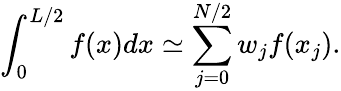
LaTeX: \int_{0}^{L/2}f(x)dx\simeq\sum_{j=0}^{N/2}w_{j}f(x_{j}).